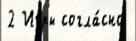
2 Игры согла́сно